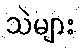
သဲများ